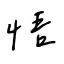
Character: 悟